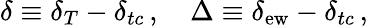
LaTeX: \delta\equiv\delta_{T}-\delta_{tc}\, ,\quad\Delta\equiv\delta_{\mathrm{ew}}-\delta_{tc}\, ,